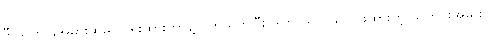
ဒီ သတင်းအမှားထဲမှာ ရေးထားတာနဲ့ ပက်သက်ပြီး ဒါက သက်သက်ဖွထားတဲ့ သတင်းအမှားပါ။